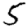
Digit: 5